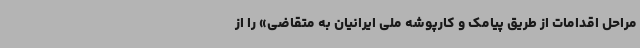
مراحل اقدامات از طریق پیامک و کارپوشه ملی ایرانیان به متقاضی» را از